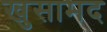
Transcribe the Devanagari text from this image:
खुसामद